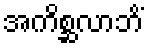
အကိစ္ဆလာဘိံ